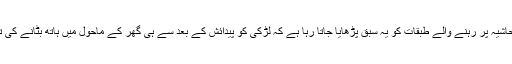
جبکہ پسماندہ و حاشیہ پر رہنے والے طبقات کو یہ سبق پڑھایا جاتا رہا ہے کہ لڑکی کو پیدائش کے بعد سے ہی گھر کے ماحول میں ہاتھ بٹانے کی تربیت دی جائے۔